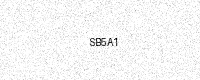
Text: SB5A1